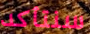
سنتأكد